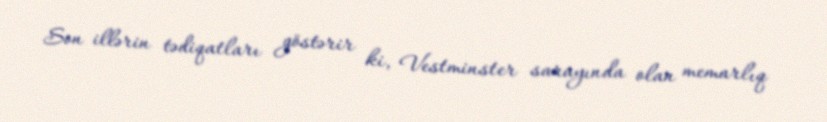
Son illərin tədiqatları göstərir ki, Vestminster sarayında olan memarlıq